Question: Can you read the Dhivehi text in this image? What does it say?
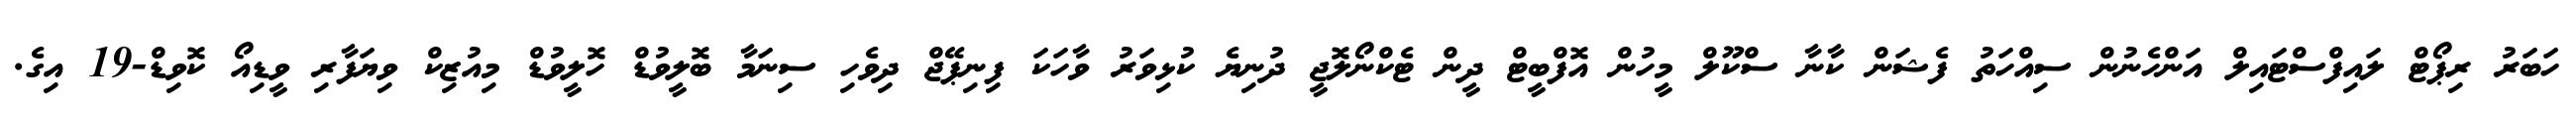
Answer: ހަބަރު ރިޕޯޓް ލައިފްސްޓައިލް އަންހެނުން ސިއްހަތު ފެޝަން ކާނާ ސްކޫލް މީހުން އޮފްބީޓް ދީން ޓެކްނޯލޮޖީ ދުނިޔެ ކުޅިވަރު ވާހަކަ ފިނިޕޭޖް ދިވެހި ސިނަމާ ބޮލީވުޑް ހޮލީވުޑް މިއުޒިކް ވިޔަފާރި ވީޑިއޯ ކޮވިޑް-19 އިގެ.